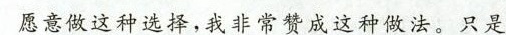
愿意做这种选择，我非常赞成这种法，只是